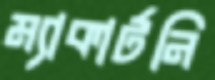
ম্যাকার্টনি